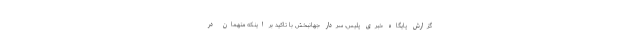
گزارش پایگاه خبری پلیس، سردار جهانبخش با تاکید بر اینکه متهمان در